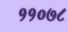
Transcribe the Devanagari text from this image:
११०७८